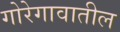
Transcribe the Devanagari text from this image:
गोरेगावातील